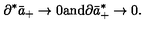
\partial ^ { * } \bar { a } _ { + } \rightarrow 0 \mathrm { a n d } \partial \bar { a } _ { + } ^ { * } \rightarrow 0 .